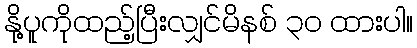
နို့ပူကိုထည့်ပြီးလျှင်မိနစ် ၃၀ ထားပါ။